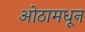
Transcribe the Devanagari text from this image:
ओठामधून